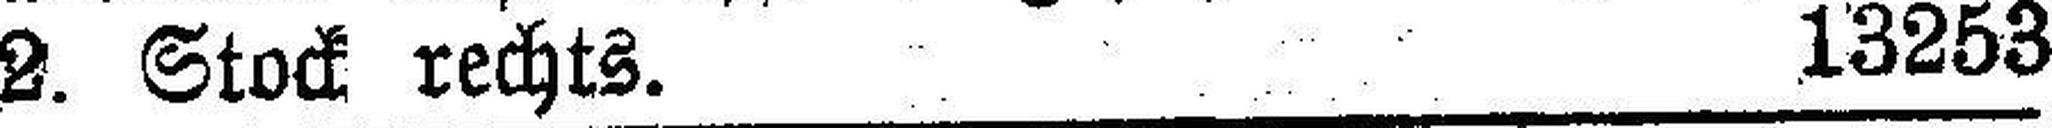
2. Stock rechts. 13253